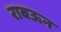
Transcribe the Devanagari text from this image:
राबऊन